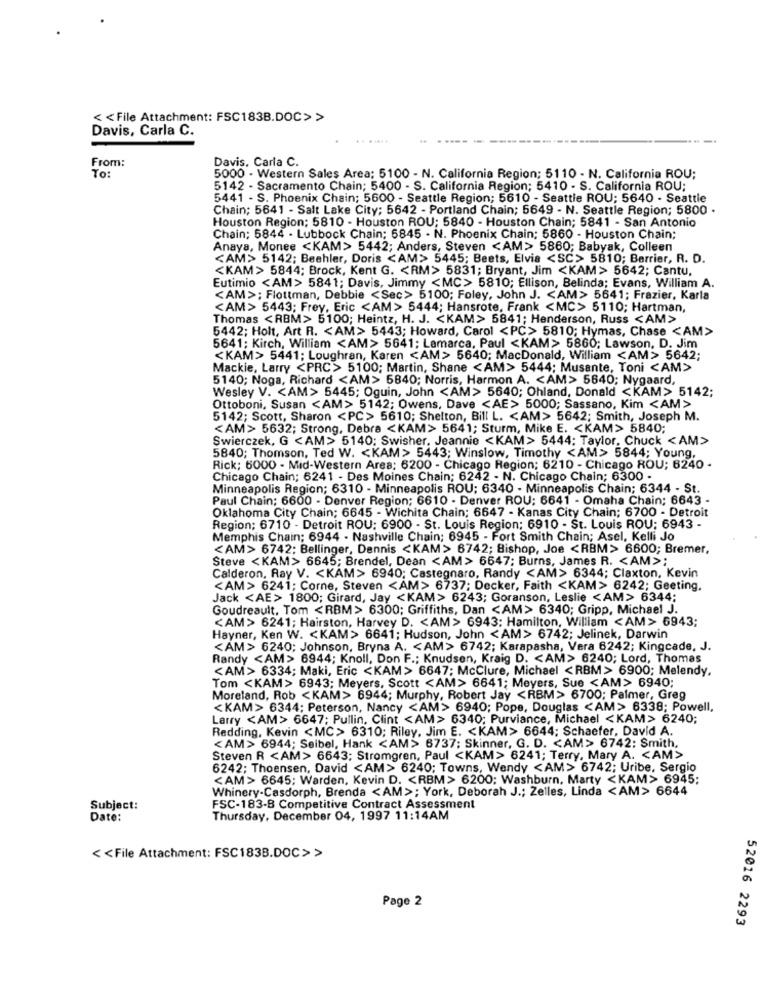
<< File Attachment: FSC183B.DOC>>
Davis, Carla C.
From:
Davis, Carla C.
To:
5000 - Western Sales Area; 5100 - N. California Region; 5110 - N. California ROU;
5142 - Sacramento Chain; 5400 - S. California Region; 5410 - S. California ROU;
5441 - S. Phoenix Chain; 5600 - Seattle Region; 5610 - Seattle ROU; 5640 - Seattle
Chain; 5641 - Salt Lake City; 5642 - Portland Chain; 5649 - N. Seattle Region; 5800 .
Houston Region: 5810 - Houston ROU; 5840 - Houston Chain; 5841 - San Antonio
Chain; 5844 . Lubbock Chain; 5845 . N. Phoenix Chain; 5860 - Houston Chain;
Anaya, Monee <KAM> 5442; Anders, Steven <AM> 5860; Babyak, Colleen
<AM> 5142; Beehler, Doris <AM> 5445; Beets, Elvia <SC> 5810; Barrier, R. D.
<KAM> 5844; Brock, Kent G. < RM> 5831; Bryant, Jim <KAM> 5642; Cantu,
Eutimio <AM> 5841; Davis, Jimmy <MC> 5810; Ellison, Belinda; Evans, William A.
<AM>; Flottman, Debbie <Sec> 5100; Foley, John J. < AM> 5641; Frazier, Karla
<AM> 5443; Frey, Eric <AM> 5444; Hansrote, Frank <MC> 5110; Hartman,
Thomas <RBM> 5100; Heintz, H. J. < KAM> 5841; Henderson, Russ <AM>
5442; Holt, Art R. < AM> 5443; Howard, Carol <PC> 5810; Hymas, Chase <AM>
5641; Kirch, William <AM> 5641; Lamarca, Paul <KAM> 5860; Lawson, D. Jim
<KAM> 5441; Loughran, Karen <AM> 5640; MacDonald, William <AM> 5642;
Mackie, Larry <PRC> 5100; Martin, Shane <AM> 5444; Musante, Toni <AM>
5140; Noga, Richard <AM> 5840; Norris, Harmon A. < AM> 5640; Nygaard,
Wesley V. < AM> 5445; Oguin, John <AM> 5640; Ohland, Donald <KAM> 5142;
Ottoboni, Susan <AM> 5142; Owens, Dave <AE> 5000; Sassano, Kim <AM>
5142; Scott, Sharon <PC > 5610; Shelton, Bill L. < AM> 5642; Smith, Joseph M.
<AM> 5632; Strong, Debra <KAM> 5641; Sturm, Mike E. < KAM> 5840;
Swierczek, G <AM> 5140; Swisher, Jeannie <KAM> 5444; Taylor, Chuck < AM>
5840; Thomson, Ted W. < KAM> 5443; Winslow, Timothy <AM> 5844; Young,
Rick; 6000 - Mid-Western Ares; 6200 - Chicago Region; 6210 - Chicago ROU; 6240 -
Chicago Chain; 6241 - Des Moines Chain; 6242 - N. Chicago Chain; 6300 -
Minneapolis Region; 6310 - Minneapolis ROU; 6340 - Minneapolis Chain; 6344 - St.
Paul Chain; 6600 - Denver Region; 6610 - Denver ROU; 6641 - Omaha Chain; 6643 -
Oklahoma City Chain; 6645 - Wichita Chain; 6647 - Kanas City Chain; 6700 - Detroit
Region; 6710 - Detroit ROU: 6900 - St. Louis Region; 6910 - St. Louis ROU; 6943 -
Memphis Chain; 6944 - Nashville Chain; 6945 - Fort Smith Chain; Asel, Kelli Jo
<AM> 6742; Bellinger, Dennis <KAM> 6742; Bishop, Joe <RBM> 6600; Bremer,
Steve <KAM> 6645; Brendel, Dean <AM> 6647; Burns, James R. < AM>;
Calderon, Ray V. < KAM> 6940; Castegnaro, Randy <AM> 6344; Claxton, Kevin
<AM> 6241; Corne, Steven <AM> 6737; Decker, Faith <KAM> 6242; Geeting.
Jack <AE> 1800; Girard, Jay <KAM> 6243; Goranson, Leslie <AM> 6344;
Goudreault, Tom <RBM> 6300; Griffiths, Dan <AM> 6340; Gripp, Michael J.
<AM> 6241; Hairston, Harvey D. < AM> 6943; Hamilton, William <AM> 6943;
Hayner, Ken W. < KAM> 6641; Hudson, John <AM> 6742; Jelinek, Darwin
<AM> 6240; Johnson, Bryna A. < AM> 6742; Karapasha, Vera 6242; Kingcade, J.
Randy <AM>> 6944; Knoll, Don F .; Knudsen, Kraig D. < AM> 6240; Lord, Thomas
<AM> 6334; Maki, Eric <KAM> 6647; Mcclure, Michael <RBM > 6900; Melendy,
Tom <KAM> 6943; Meyers, Scott <AM> 6641; Meyers, Sue <AM> 6940
Moreland, Rob <KAM> 6944; Murphy, Robert Jay <RBM> 6700; Palmer, Greg
<KAM> 6344; Peterson, Nancy <AM> 6940; Pope, Douglas <AM> 6338; Powell,
Larry <AM> 6647; Pullin, Clint <AM> 6340; Purviance, Michael <KAM> 6240;
Redding, Kevin <MC> 6310; Riley. Jim E. < KAM> 6644; Schaefer, David A.
<AM> 6944; Seibel, Hank <AM> 6737; Skinner, G. D. < AM> 6742; Smith,
Steven R <AM> 6643; Stromgren, Paul <KAM> 6241; Terry, Mary A. < AM>
6242; Thoensen, David <AM> 6240; Towns, Wendy <AM> 6742; Uribe, Sergio
<AM> 6645; Warden, Kevin D. < RBM> 6200; Washburn, Marty <KAM> 6945;
Whinery-Casdorph, Brenda <AM> ; York, Deborah J .; Zelles, Linda <AM> 6644
Subject:
FSC-183-8 Competitive Contract Assessment
Date:
Thursday, December 04, 1997 11:14AM
< < File Attachment: FSC183B.DOC>>
Page 2
52016 2293